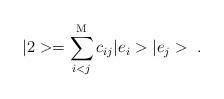
LaTeX: \begin{align*}|2> = \sum^{\rm M}_{i<j}c_{ij}|e_i>|e_j>\;.\end{align*}